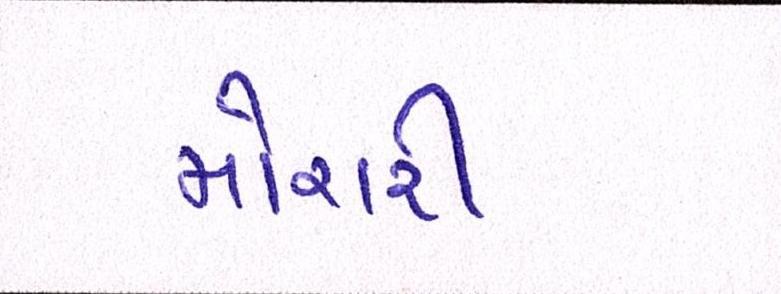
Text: મોરારી